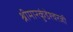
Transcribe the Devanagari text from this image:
श्रीमारकुंडेश्वरजी